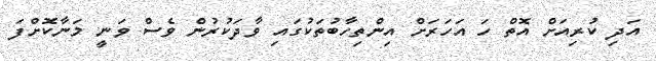
އަދި ކުރިއަށް އޮތް ހަ އަހަރަށް އިންތިހާބުތަކުގައި ވާދަކުރުން ވެސް ވަނީ މަނާކޮށްފަ